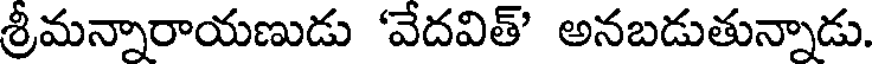
శ్రీమన్నారాయణుడు 'వేదవిత్' అనబడుతున్నాడు.